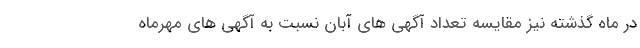
در ماه گذشته نیز مقایسه تعداد آگهی های آبان نسبت به آگهی های مهرماه